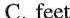
二、选出每组单词中不同类的一项.